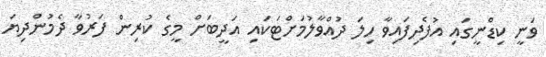
ވަނީ ކިޑްނީގައި އުފެދިފައިވާ ހިލަ ދުއްވާލުމަށްޓަކައި އަދީބަށް މީގެ ކުރިން ފަރުވާ ދެމުންދިޔަ